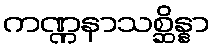
ကဏ္ဏနာသစ္ဆိန္နာ